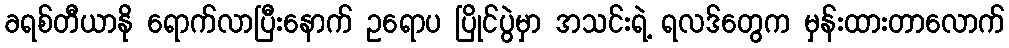
ခရစ်တီယာနို ရောက်လာပြီးနောက် ဥရောပ ပြိုင်ပွဲမှာ အသင်းရဲ့ ရလဒ်တွေက မှန်းထားတာလောက်